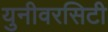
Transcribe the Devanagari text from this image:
युनीवरसिटी